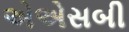
એએસબી